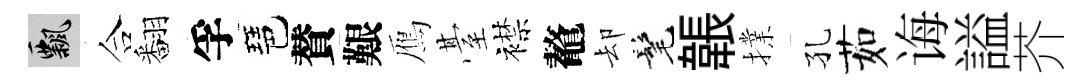
飄合翻孚琶賛艱鴈䑓襟鼇却髦韔擈孔茹诲謚芥